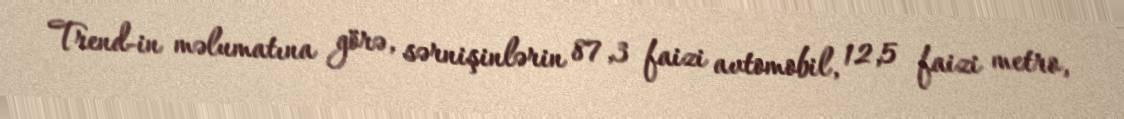
Trend-in məlumatına görə, sərnişinlərin 87,3 faizi avtomobil, 12,5 faizi metro,